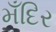
મઁદિર